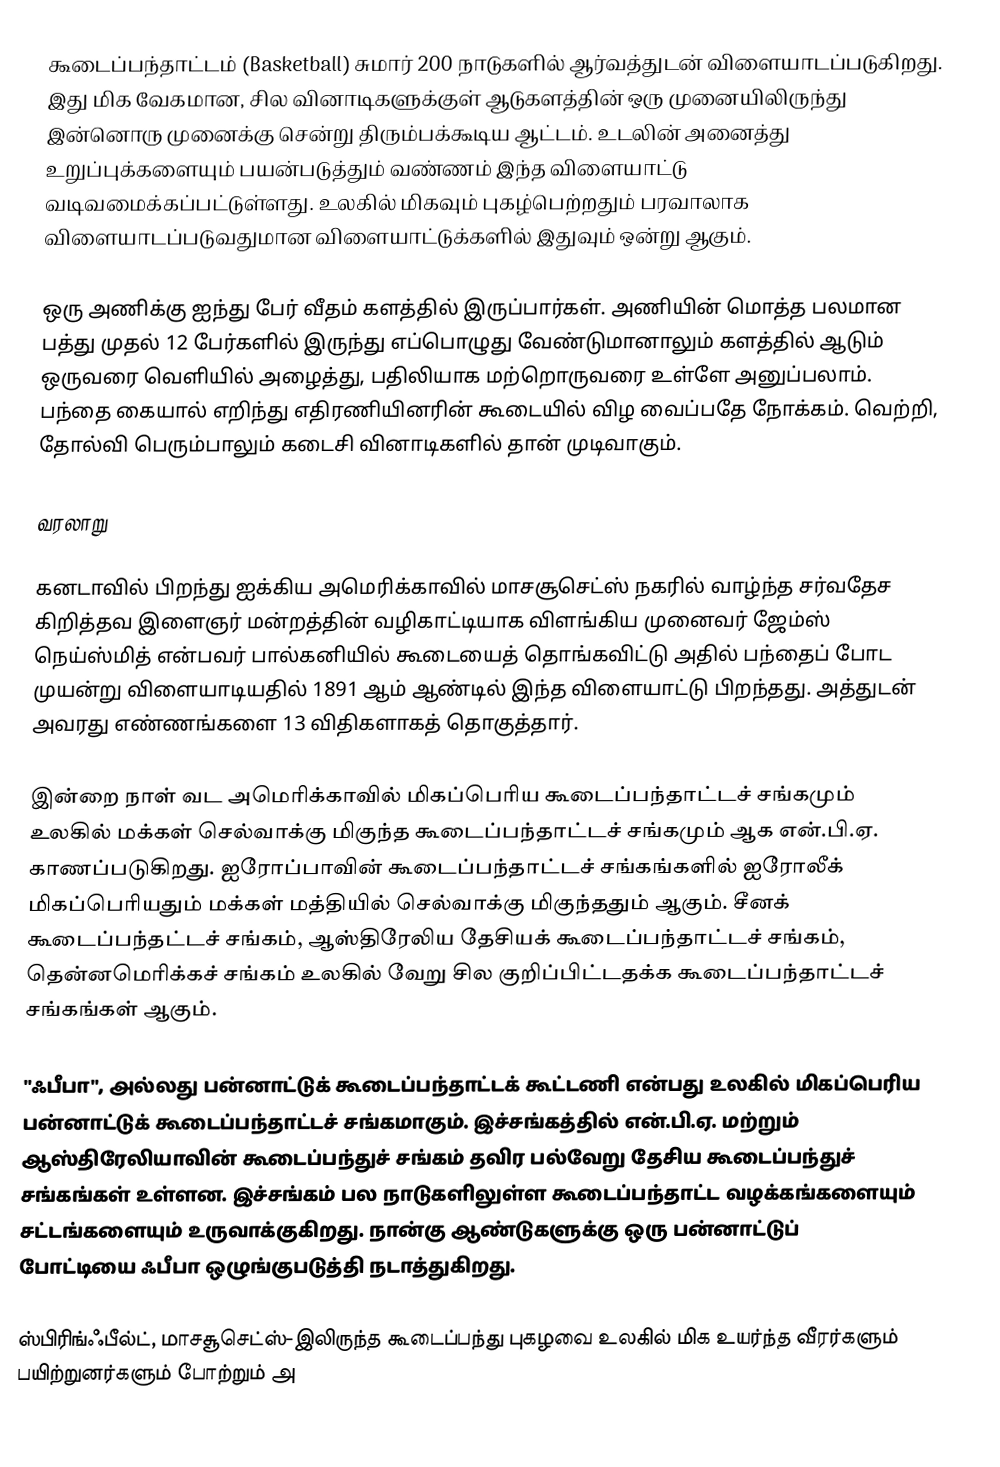
கூடைப்பந்தாட்டம் (Basketball) சுமார் 200 நாடுகளில் ஆர்வத்துடன் விளையாடப்படுகிறது. இது மிக வேகமான, சில வினாடிகளுக்குள் ஆடுகளத்தின் ஒரு முனையிலிருந்து இன்னொரு முனைக்கு சென்று திரும்பக்கூடிய ஆட்டம். உடலின் அனைத்து உறுப்புக்களையும் பயன்படுத்தும் வண்ணம் இந்த விளையாட்டு வடிவமைக்கப்பட்டுள்ளது. உலகில் மிகவும் புகழ்பெற்றதும் பரவாலாக விளையாடப்படுவதுமான விளையாட்டுக்களில் இதுவும் ஒன்று ஆகும்.

ஒரு அணிக்கு ஐந்து பேர் வீதம் களத்தில் இருப்பார்கள். அணியின் மொத்த பலமான பத்து முதல் 12 பேர்களில் இருந்து எப்பொழுது வேண்டுமானாலும் களத்தில் ஆடும் ஒருவரை வெளியில் அழைத்து, பதிலியாக மற்றொருவரை உள்ளே அனுப்பலாம். பந்தை கையால் எறிந்து எதிரணியினரின் கூடையில் விழ வைப்பதே நோக்கம். வெற்றி, தோல்வி பெரும்பாலும் கடைசி வினாடிகளில் தான் முடிவாகும்.

வரலாறு

கனடாவில் பிறந்து ஐக்கிய அமெரிக்காவில் மாசசூசெட்ஸ் நகரில் வாழ்ந்த சர்வதேச கிறித்தவ இளைஞர் மன்றத்தின் வழிகாட்டியாக  விளங்கிய முனைவர் ஜேம்ஸ் நெய்ஸ்மித் என்பவர் பால்கனியில் கூடையைத் தொங்கவிட்டு அதில் பந்தைப் போட முயன்று விளையாடியதில் 1891 ஆம் ஆண்டில் இந்த விளையாட்டு பிறந்தது. அத்துடன் அவரது எண்ணங்களை 13 விதிகளாகத் தொகுத்தார்.

இன்றை நாள் வட அமெரிக்காவில் மிகப்பெரிய கூடைப்பந்தாட்டச் சங்கமும் உலகில் மக்கள் செல்வாக்கு மிகுந்த கூடைப்பந்தாட்டச் சங்கமும் ஆக என்.பி.ஏ. காணப்படுகிறது. ஐரோப்பாவின் கூடைப்பந்தாட்டச் சங்கங்களில் ஐரோலீக் மிகப்பெரியதும் மக்கள் மத்தியில் செல்வாக்கு மிகுந்ததும் ஆகும். சீனக் கூடைப்பந்தட்டச் சங்கம், ஆஸ்திரேலிய தேசியக் கூடைப்பந்தாட்டச் சங்கம், தென்னமெரிக்கச் சங்கம் உலகில் வேறு சில குறிப்பிட்டதக்க கூடைப்பந்தாட்டச் சங்கங்கள் ஆகும்.

"ஃபீபா", அல்லது பன்னாட்டுக் கூடைப்பந்தாட்டக் கூட்டணி என்பது உலகில் மிகப்பெரிய பன்னாட்டுக் கூடைப்பந்தாட்டச் சங்கமாகும். இச்சங்கத்தில் என்.பி.ஏ. மற்றும் ஆஸ்திரேலியாவின் கூடைப்பந்துச் சங்கம் தவிர பல்வேறு தேசிய கூடைப்பந்துச் சங்கங்கள் உள்ளன. இச்சங்கம் பல நாடுகளிலுள்ள கூடைப்பந்தாட்ட வழக்கங்களையும் சட்டங்களையும் உருவாக்குகிறது. நான்கு ஆண்டுகளுக்கு ஒரு பன்னாட்டுப் போட்டியை ஃபீபா ஒழுங்குபடுத்தி நடாத்துகிறது.

ஸ்பிரிங்ஃபீல்ட், மாசசூசெட்ஸ்-இலிருந்த கூடைப்பந்து புகழவை உலகில் மிக உயர்ந்த வீரர்களும் பயிற்றுனர்களும் போற்றும் அ